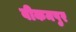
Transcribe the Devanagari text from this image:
वीकमपुर